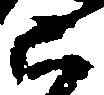
被